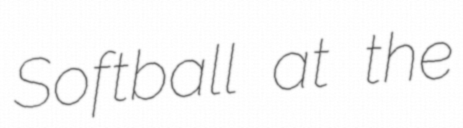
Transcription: Softball at the